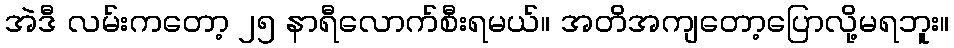
အဲဒီ လမ်းကတော့ ၂၅ နာရီလောက်စီးရမယ်။ အတိအကျတော့ပြောလို့မရဘူး။